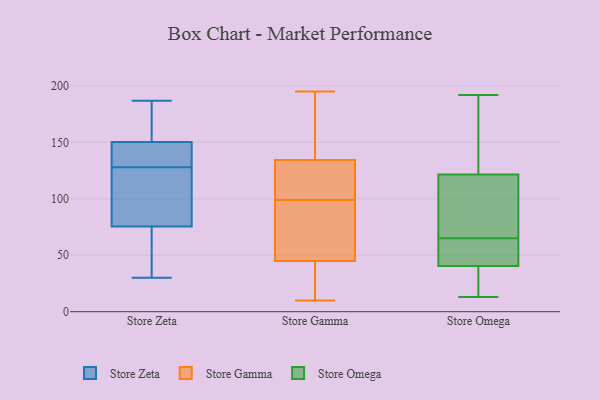
{"axis": {"x": "LTV (USD)", "y": "Value"}, "legend": ["Store Gamma", "Store Omega", "Store Zeta"], "data": [{"x": "", "y": 129, "type": "Store Zeta"}, {"x": "", "y": 55, "type": "Store Zeta"}, {"x": "", "y": 75, "type": "Store Zeta"}, {"x": "", "y": 128, "type": "Store Zeta"}, {"x": "", "y": 103, "type": "Store Zeta"}, {"x": "", "y": 92, "type": "Store Zeta"}, {"x": "", "y": 141, "type": "Store Zeta"}, {"x": "", "y": 69, "type": "Store Zeta"}, {"x": "", "y": 97, "type": "Store Zeta"}, {"x": "", "y": 181, "type": "Store Zeta"}, {"x": "", "y": 30, "type": "Store Zeta"}, {"x": "", "y": 180, "type": "Store Zeta"}, {"x": "", "y": 139, "type": "Store Zeta"}, {"x": "", "y": 51, "type": "Store Zeta"}, {"x": "", "y": 77, "type": "Store Zeta"}, {"x": "", "y": 148, "type": "Store Zeta"}, {"x": "", "y": 157, "type": "Store Zeta"}, {"x": "", "y": 151, "type": "Store Zeta"}, {"x": "", "y": 187, "type": "Store Zeta"}, {"x": "", "y": 118, "type": "Store Gamma"}, {"x": "", "y": 148, "type": "Store Gamma"}, {"x": "", "y": 76, "type": "Store Gamma"}, {"x": "", "y": 18, "type": "Store Gamma"}, {"x": "", "y": 139, "type": "Store Gamma"}, {"x": "", "y": 10, "type": "Store Gamma"}, {"x": "", "y": 44, "type": "Store Gamma"}, {"x": "", "y": 68, "type": "Store Gamma"}, {"x": "", "y": 33, "type": "Store Gamma"}, {"x": "", "y": 36, "type": "Store Gamma"}, {"x": "", "y": 70, "type": "Store Gamma"}, {"x": "", "y": 113, "type": "Store Gamma"}, {"x": "", "y": 99, "type": "Store Gamma"}, {"x": "", "y": 133, "type": "Store Gamma"}, {"x": "", "y": 195, "type": "Store Gamma"}, {"x": "", "y": 135, "type": "Store Gamma"}, {"x": "", "y": 112, "type": "Store Gamma"}, {"x": "", "y": 155, "type": "Store Gamma"}, {"x": "", "y": 48, "type": "Store Gamma"}, {"x": "", "y": 89, "type": "Store Omega"}, {"x": "", "y": 41, "type": "Store Omega"}, {"x": "", "y": 13, "type": "Store Omega"}, {"x": "", "y": 192, "type": "Store Omega"}, {"x": "", "y": 123, "type": "Store Omega"}, {"x": "", "y": 65, "type": "Store Omega"}, {"x": "", "y": 177, "type": "Store Omega"}, {"x": "", "y": 17, "type": "Store Omega"}, {"x": "", "y": 62, "type": "Store Omega"}, {"x": "", "y": 188, "type": "Store Omega"}, {"x": "", "y": 121, "type": "Store Omega"}, {"x": "", "y": 99, "type": "Store Omega"}, {"x": "", "y": 39, "type": "Store Omega"}, {"x": "", "y": 53, "type": "Store Omega"}, {"x": "", "y": 25, "type": "Store Omega"}, {"x": "", "y": 49, "type": "Store Omega"}, {"x": "", "y": 110, "type": "Store Omega"}]}